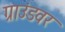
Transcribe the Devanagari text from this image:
ग्राउंडवर